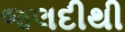
જલદીથી